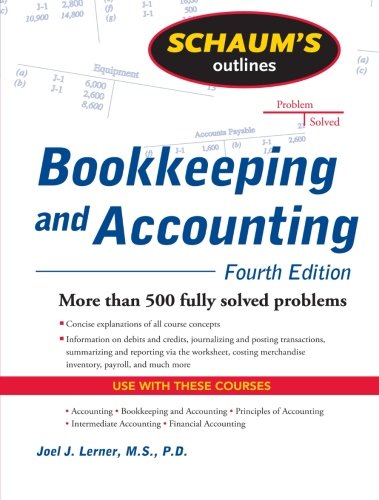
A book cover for Schaum's Outline of Bookkeeping and Accounting, Fourth Edition (Schaum's Outlines); Joel Lerner; Business & Money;